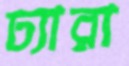
ঢ্যারা